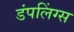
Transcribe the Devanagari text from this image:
डंपलिंग्स